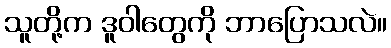
သူတို့က ဒူဝါတွေကို ဘာပြောသလဲ။